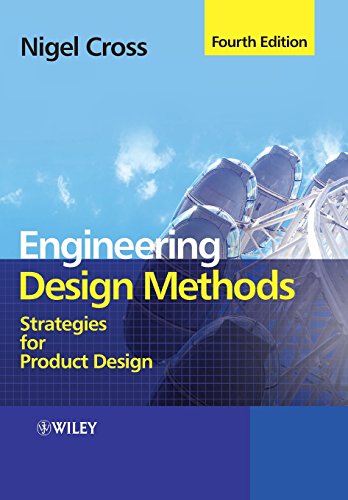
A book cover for Engineering Design Methods: Strategies for Product Design; Nigel Cross; Engineering & Transportation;